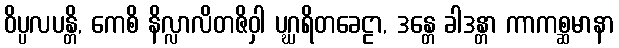
ဝိပ္ပလပန္တိ, ကေစိ နိလ္လာလိတဇိဝှါ ပဂ္ဃရိတခေဠာ, ဒန္တေ ခါဒန္တာ ကာကစ္ဆမာနာ